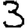
Digit: 3